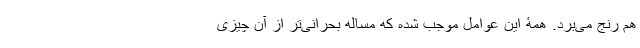
هم رنج می‌برد. همۀ این عوامل موجب شده که مساله بحرانی‌تر از آن چیزی